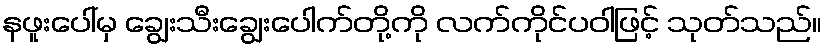
နဖူးပေါ်မှ ချွေးသီးချွေးပေါက်တို့ကို လက်ကိုင်ပဝါဖြင့် သုတ်သည်။